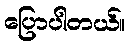
ပြောပါတယ်။